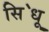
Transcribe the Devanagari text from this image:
सि॓धू